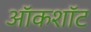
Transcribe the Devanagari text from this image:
ऑकशॉट